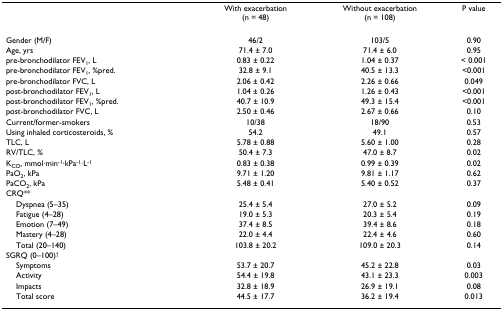
<table><thead><tr><td></td><td><b>With exacerbation(n = 48)</b></td><td><b>Without exacerbation(n = 108)</b></td><td><b>P value</b></td></tr></thead><tbody><tr><td>Gender (M/F)</td><td>46/2</td><td>103/5</td><td>0.90</td></tr><tr><td>Age, yrs</td><td>71.4 ± 7.0</td><td>71.4 ± 6.0</td><td>0.95</td></tr><tr><td>pre-bronchodilator FEV<sub>1</sub>, L</td><td>0.83 ± 0.22</td><td>1.04 ± 0.37</td><td>&lt; 0.001</td></tr><tr><td>pre-bronchodilator FEV<sub>1</sub>, %pred.</td><td>32.8 ± 9.1</td><td>40.5 ± 13.3</td><td>&lt;0.001</td></tr><tr><td>pre-bronchodilator FVC, L</td><td>2.06 ± 0.42</td><td>2.26 ± 0.66</td><td>0.049</td></tr><tr><td>post-bronchodilator FEV<sub>1</sub>, L</td><td>1.04 ± 0.26</td><td>1.26 ± 0.43</td><td>&lt;0.001</td></tr><tr><td>post-bronchodilator FEV<sub>1</sub>, %pred.</td><td>40.7 ± 10.9</td><td>49.3 ± 15.4</td><td>&lt;0.001</td></tr><tr><td>post-bronchodilator FVC, L</td><td>2.50 ± 0.46</td><td>2.67 ± 0.66</td><td>0.10</td></tr><tr><td>Current/former-smokers</td><td>10/38</td><td>18/90</td><td>0.53</td></tr><tr><td>Using inhaled corticosteroids, %</td><td>54.2</td><td>49.1</td><td>0.57</td></tr><tr><td>TLC, L</td><td>5.78 ± 0.88</td><td>5.60 ± 1.00</td><td>0.28</td></tr><tr><td>RV/TLC, %</td><td>50.4 ± 7.3</td><td>47.0 ± 8.7</td><td>0.02</td></tr><tr><td>K<sub>CO</sub>, mmol·min<sup>-1</sup>·kPa<sup>-1</sup>·L<sup>-1</sup></td><td>0.83 ± 0.38</td><td>0.99 ± 0.39</td><td>0.02</td></tr><tr><td>PaO<sub>2</sub>, kPa</td><td>9.71 ± 1.20</td><td>9.81 ± 1.17</td><td>0.62</td></tr><tr><td>PaCO<sub>2</sub>, kPa</td><td>5.48 ± 0.41</td><td>5.40 ± 0.52</td><td>0.37</td></tr><tr><td>CRQ**</td><td></td><td></td><td></td></tr><tr><td> Dyspnea (5–35)</td><td>25.4 ± 5.4</td><td>27.0 ± 5.2</td><td>0.09</td></tr><tr><td> Fatigue (4–28)</td><td>19.0 ± 5.3</td><td>20.3 ± 5.4</td><td>0.19</td></tr><tr><td> Emotion (7–49)</td><td>37.4 ± 8.5</td><td>39.4 ± 8.6</td><td>0.18</td></tr><tr><td> Mastery (4–28)</td><td>22.0 ± 4.4</td><td>22.4 ± 4.6</td><td>0.60</td></tr><tr><td> Total (20–140)</td><td>103.8 ± 20.2</td><td>109.0 ± 20.3</td><td>0.14</td></tr><tr><td>SGRQ (0–100)<sup>†</sup></td><td></td><td></td><td></td></tr><tr><td> Symptoms</td><td>53.7 ± 20.7</td><td>45.2 ± 22.8</td><td>0.03</td></tr><tr><td> Activity</td><td>54.4 ± 19.8</td><td>43.1 ± 23.3</td><td>0.003</td></tr><tr><td> Impacts</td><td>32.8 ± 18.9</td><td>26.9 ± 19.1</td><td>0.08</td></tr><tr><td> Total score</td><td>44.5 ± 17.7</td><td>36.2 ± 19.4</td><td>0.013</td></tr></tbody></table>